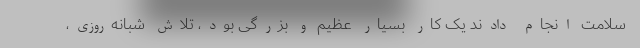
سلامت انجام دادند یک کار بسیار عظیم و بزرگی بود، تلاش شبانه‌روزی،